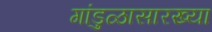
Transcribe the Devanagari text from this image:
गांडुळासारख्या